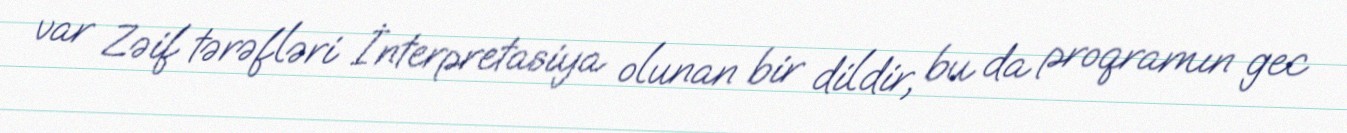
var Zəif tərəfləri İnterpretasiya olunan bir dildir, bu da proqramın gec